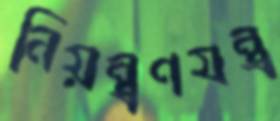
নিয়ন্ত্রণযন্ত্র